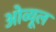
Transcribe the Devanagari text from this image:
ओव्यूल